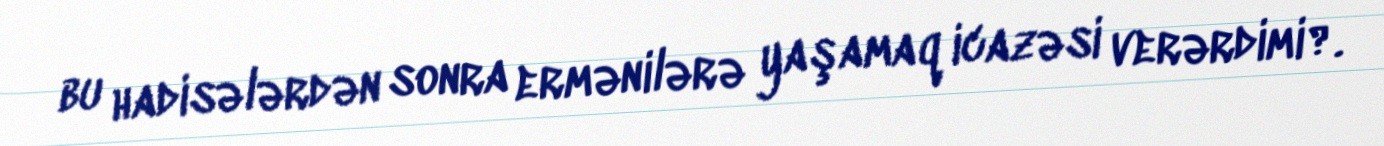
bu hadisələrdən sonra ermənilərə yaşamaq icazəsi verərdimi?.